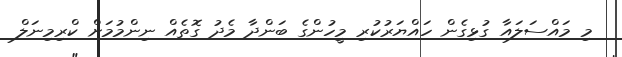
މި މައްސަލައާ ގުޅިގެން ހައްޔަރުކުރި މީހުންގެ ބަންދާ މެދު ގޮތެއް ނިންމުމަށް ކްރިމިނަލް